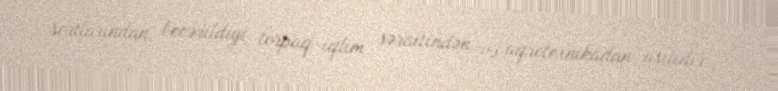
sortlarından, becərildiyi torpaq-iqlim şəraitindən və aqrotexnikadan asılıdır.